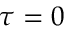
\tau = 0